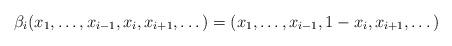
LaTeX: \begin{align*}\beta_i(x_1,\dots,x_{i-1},x_i,x_{i+1},\dots)=(x_1,\dots,x_{i-1},1-x_i,x_{i+1},\dots)\end{align*}